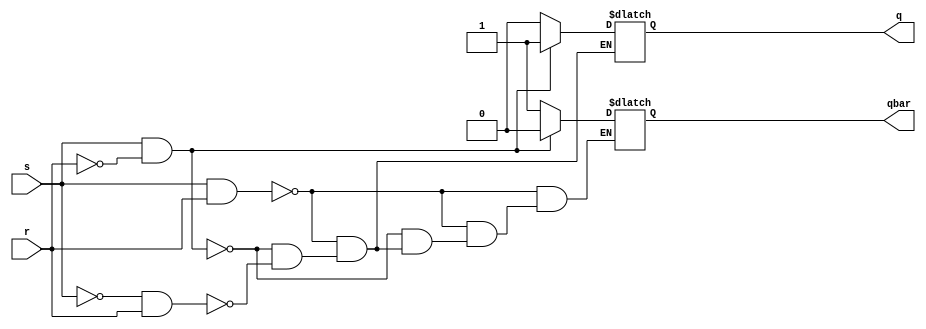
module high_sr(s,r,q,qbar);
input s,r;
output reg q,qbar;

always@(*)begin 
	if(s==1 && r==1)begin q<=1'bx; qbar<=1'bx; end
	else if (s==1 && r==0)begin q<=1'b1; qbar<=1'b0; end
	else if (s==0 && r==1)begin q<=1'b0; qbar<=1'b1; end
	else begin q<=q; qbar=qbar; end
end
endmodule